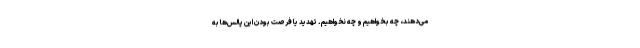
می‌دهند، چه بخواهیم و چه نخواهیم. تهدید یا فرصت بودن این پالس‌ها به